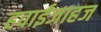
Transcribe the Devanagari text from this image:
हवाईजाहज